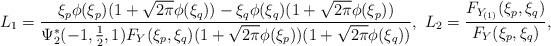
LaTeX: \begin{align*} L_{1}=\frac{\xi_{p}\phi(\xi_{p})(1+\sqrt{2\pi}\phi(\xi_{q}))-\xi_{q}\phi(\xi_{q})(1+\sqrt{2\pi}\phi(\xi_{p}))}{\Psi_{2}^{\ast}(-1,\frac{1}{2},1)F_{Y}(\xi_{p},\xi_{q})(1+\sqrt{2\pi}\phi(\xi_{p}))(1+\sqrt{2\pi}\phi(\xi_{q}))},~ L_{2}&=\frac{F_{Y_{(1)}}(\xi_{p},\xi_{q})}{F_{Y}(\xi_{p},\xi_{q})},\end{align*}